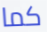
كما